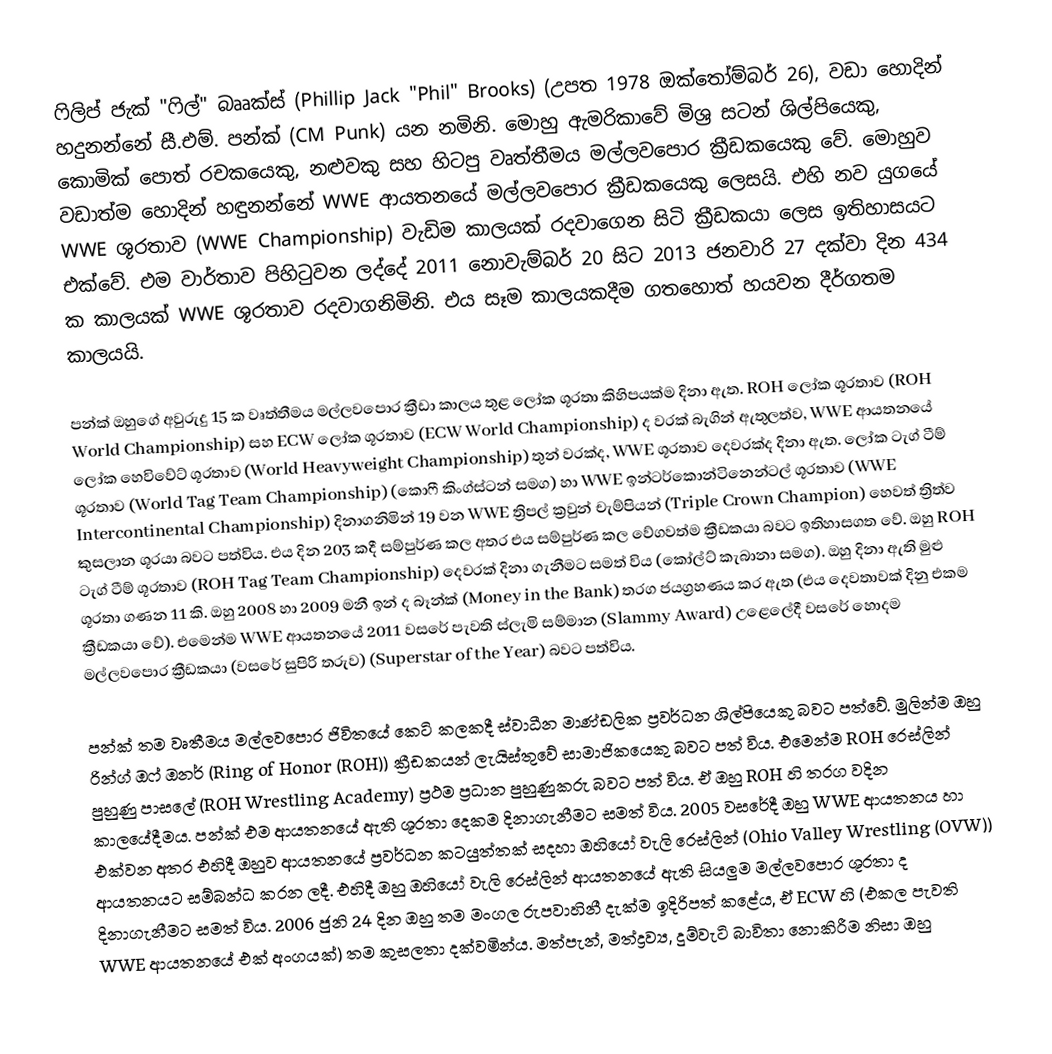
ෆිලිප් ජැක් "ෆිල්" බෲක්ස් (Phillip Jack "Phil" Brooks) (උපත 1978 ඔක්තෝම්බර් 26), වඩා හොදින් හදුනන්නේ  සී.එම්. පන්ක් (CM Punk) යන නමිනි. මොහු ඇමරිකාවේ මිශ්‍ර සටන් ශිල්පියෙකු, කොමික් පොත් රචකයෙකු, නළුවකු සහ හිටපු වෘත්තීමය මල්ලවපොර ක්‍රීඩකයෙකු වේ. මොහුව වඩාත්ම හොදින් හඳුනන්නේ WWE ආයතනයේ මල්ලවපොර ක්‍රීඩකයෙකු ලෙසයි. එහි නව යුගයේ WWE ශූරතාව (WWE Championship) වැඩිම කාලයක් රදවාගෙන සිටි ක්‍රීඩකයා ලෙස ඉතිහාසයට එක්වේ. එම වාර්තාව පිහිටුවන ලද්දේ 2011 නොවැම්බර් 20 සිට 2013 ජනවාරි 27 දක්වා දින 434 ක කාලයක් WWE ශූරතාව රදවාගනිමිනි. එය සෑම කාලයකදීම ගතහොත් හයවන දීර්ගතම කාලයයි.

පන්ක් ඔහුගේ අවුරුදු 15 ක වෘත්තීමය මල්ලවපොර ක්‍රීඩා කාලය තුළ ලෝක ශූරතා කිහිපයක්ම දිනා ඇත. ROH ලෝක ශූරතාව (ROH World Championship) සහ ECW ලෝක ශූරතාව (ECW World Championship) ද වරක් බැගින් ඇතුලත්ව, WWE ආයතනයේ ලෝක හෙවිවේට් ශූරතාව (World Heavyweight Championship) තුන් වරක්ද, WWE ශූරතාව දෙවරක්ද දිනා ඇත. ලෝක ටැග් ටීම් ශූරතාව (World Tag Team Championship) (කොෆී කිංග්ස්ටන් සමග) හා WWE ඉන්ටර්කොන්ටිනෙන්ටල් ශූරතාව (WWE Intercontinental Championship) දිනාගනිමින් 19 වන WWE ත්‍රිපල් ක්‍රවුන් චැම්පියන් (Triple Crown Champion) හෙවත් ත්‍රිත්ව කුසලාන ශූරයා බවට පත්විය. එය දින 203 කදී සම්පුර්ණ කල අතර එය සම්පුර්ණ කල වේගවත්ම ක්‍රීඩකයා බවට ඉතිහාසගත වේ. ඔහු ROH ටැග් ටීම් ශූරතාව (ROH Tag Team Championship) දෙවරක් දිනා ගැනීමට සමත් විය (කෝල්ට් කැබානා සමග). ඔහු දිනා ඇති මුළු ශූරතා ගණන 11 කි. ඔහු 2008 හා 2009 මනී ඉන් ද බෑන්ක් (Money in the Bank) තරග ජයග්‍රහණය කර ඇත (එය දෙවතාවක් දිනු එකම ක්‍රීඩකයා වේ). එමෙන්ම WWE ආයතනයේ 2011 වසරේ පැවති ස්ලැමි සම්මාන (Slammy Award) උළෙලේදී වසරේ හොදම මල්ලවපොර ක්‍රීඩකයා (වසරේ සුපිරි තරුව) (Superstar of the Year) බවට පත්විය.

පන්ක් තම වෘතීමය මල්ලවපොර ජිවිතයේ කෙටි කලකදී ස්වාධීන මාණ්ඩලික ප්‍රවර්ධන ශිල්පියෙකු බවට පත්වේ. මුලින්ම ඔහු රින්ග් ඔෆ් ඔනර් (Ring of Honor (ROH)) ක්‍රීඩකයන් ලැයිස්තුවේ සාමාජිකයෙකු බවට පත් විය. එමෙන්ම ROH රෙස්ලින් පුහුණු පාසලේ (ROH Wrestling Academy) ප්‍රථම ප්‍රධාන පුහුණුකරු බවට පත් විය. ඒ ඔහු ROH හි තරග වදින කාලයේදීමය. පන්ක් එම ආයතනයේ ඇති ශූරතා දෙකම දිනාගැනීමට සමත් විය. 2005 වසරේදී ඔහු WWE ආයතනය හා එක්වන අතර එහිදී ඔහුව ආයතනයේ ප්‍රවර්ධන කටයුත්තක් සදහා  ඔහියෝ වැලි රෙස්ලින් (Ohio Valley Wrestling (OVW)) ආයතනයට සම්බන්ධ කරන ලදී. එහිදී ඔහු ඔහියෝ වැලි රෙස්ලින් ආයතනයේ ඇති සියලුම මල්ලවපොර ශූරතා ද දිනාගැනීමට සමත් විය. 2006 ජුනි 24 දින ඔහු තම මංගල රුපවාහිනී දැක්ම ඉදිරිපත් කළේය, ඒ ECW හි (එකල පැවති WWE ආයතනයේ එක් අංගයක්) තම කුසලතා දක්වමින්ය. මත්පැන්, මත්ද්‍රව්‍ය, දුම්වැටි බාවිතා නොකිරීම නිසා ඔහු